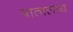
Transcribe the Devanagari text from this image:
पातालाय